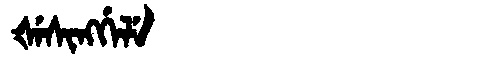
Manchu: ᡧᡝᠰᡳᠩᡤᡝᠯᡝ
Romanization: ŠESINGGELE